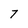
Character: 7